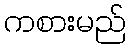
ကစားမည်